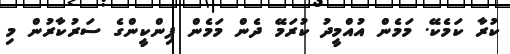
ކުރާ ކަމެކޭ. މަމެން އުއްމީދު ކުރަމޭ ދެން މަމެން ޕިންކީންގެ ސަރުކާރުން މި